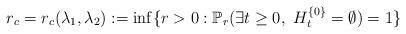
LaTeX: \begin{align*}r_c = r_c (\lambda_1,\lambda_2) := \inf \{ r > 0 : \mathbb{P}_r(\exists t \geq 0, \ H_t^{\{0\}} = \emptyset) = 1 \}\end{align*}